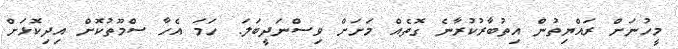
މީހުނަށް ރައްޔިތުން އިތުބާރުކުރާނެ ގޮތެއް މަށަށް ވިސްނަދީބަލަ. ހަމަ އެހާ ސްމޫތުކޮށް އިދިކޮޅަށް